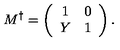
M ^ { \dagger } = \left( \begin{array} { c c } { 1 } & { 0 } \\ { Y } & { 1 } \\ \end{array} \right) .